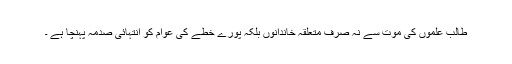
طالب علموں کی موت سے نہ صرف متعلقہ خاندانوں بلکہ پورے خطے کی عوام کو انتہائی صدمہ پہنچا ہے ۔